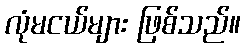
လုံမငယ်များ ဖြစ်သည်။